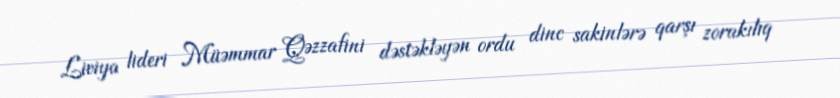
Liviya lideri Müəmmar Qəzzafini dəstəkləyən ordu dinc sakinlərə qarşı zorakılıq